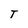
Character: T